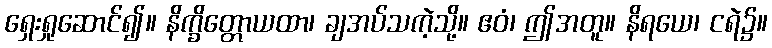
ရှေးရှုဆောင်၍။ နိက္ခိတ္တောယထာ၊ ချအပ်သကဲ့သို့။ ဧဝံ၊ ဤအတူ။ နိရယေ၊ ငရဲ၌။